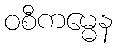
ဝစီကမ္မေန